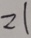
2 1